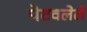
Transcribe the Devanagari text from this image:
पेटवलेले